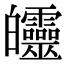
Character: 𤿅